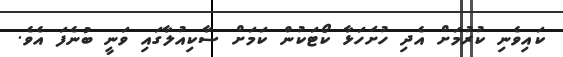
ކައިވެނި ކުރުމަށް އެދި ހުށަހަޅާ ކޯޓަކުން ކަމަށް ސާކިއުލާގައި ވަނީ ބުނެފަ އެވެ.